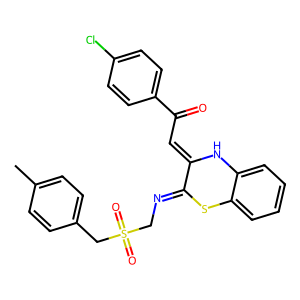
SMILES: Cc1ccc(CS(=O)(=O)CN=C2Sc3ccccc3NC2=CC(=O)c2ccc(Cl)cc2)cc1
Inhibits HIV replication: No